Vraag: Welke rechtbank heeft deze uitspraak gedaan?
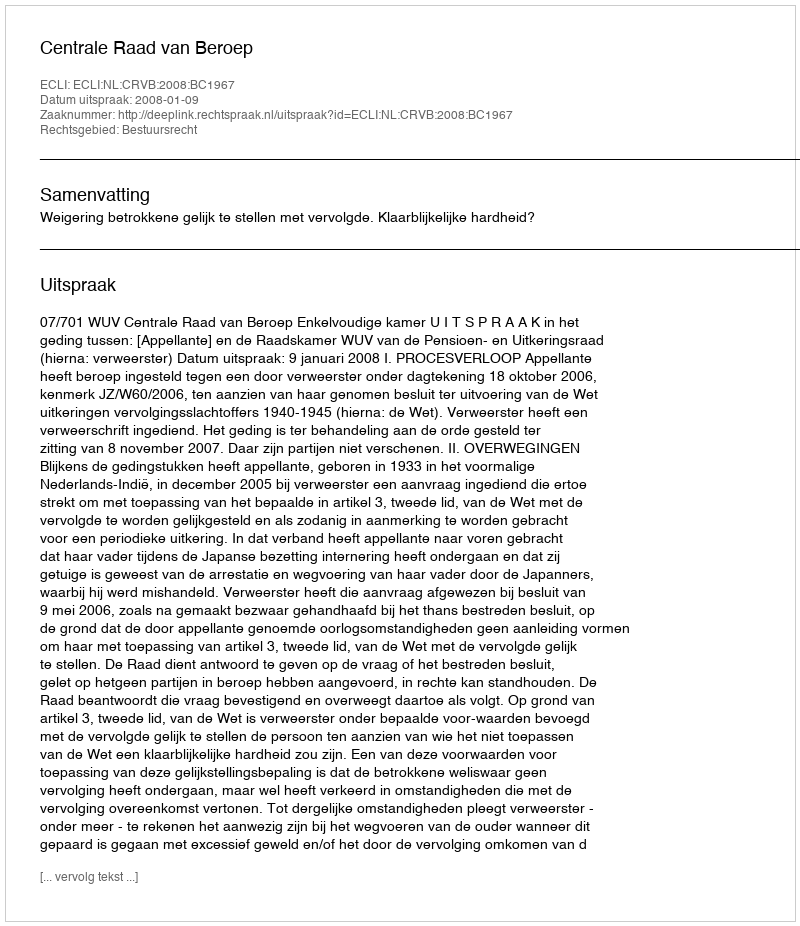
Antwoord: Centrale Raad van Beroep